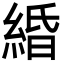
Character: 緍